Annual report on the working of the lock hospitals in the North-Western Provinces and Oudh
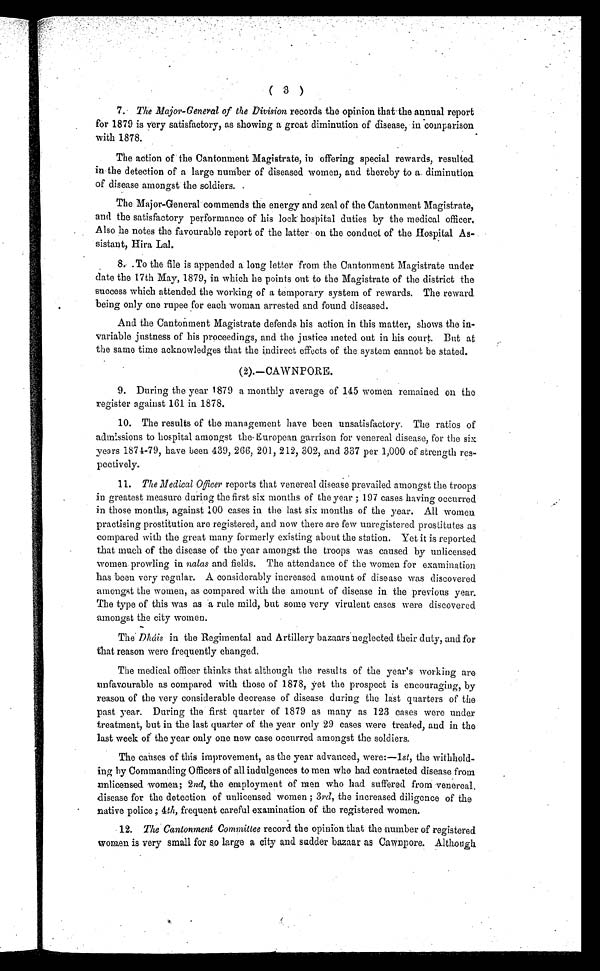
( 3 )
7. The Major-General of the Division records the opinion that the annual report
for 1879 is very satisfactory, as showing a great diminution of disease, in comparison
with 1878.
The action of the Cantonment Magistrate, in offering special rewards, resulted
in the detection of a large number of diseased women, and thereby to a diminution
of disease amongst the soldiers. .
The Major-General commends the energy and zeal of the Cantonment Magistrate,
and the satisfactory performance of his lock hospital duties by the medical officer.
Also he notes the favourable report of the latter on the conduct of the Hospital As
sistant, Hira Lal.
8. To the file is appended a long letter from the Cantonment Magistrate under
date the 17th May, 1879, in which he points out to the Magistrate of the district the
success which attended the working of a temporary system of rewards. The reward
being only one rupee for each woman arrested and found diseased.
And the Cantonment Magistrate defends his action in this matter, shows the in
variable justness of his proceedings, and the justice meted out in his court. But at
the same time acknowledges that the indirect effects of the system cannot be stated.
(2).—CAWNPORE.
9. Dur i ng t he year 1879 a mont hl y aver age of 145 women r emai ned on t he
register against 161 in 1878.
10. The r esul t s of t he management have been unsat i sf act or y. The r at i os of
admissions to hospital amongst the European garrison for venereal disease, for the six
years 1871-79, have been 439, 266, 201, 212, 302, and 337 per 1,000 of strength res
pectively.
11. The Medi cal Of f i cer r epor t s t hat vener eal di sease pr evai l ed amongst t he t r oops
in greatest measure during the first six months of the year ; 197 cases having occurred
in those months, against 100 cases in the last six months of the year. All women
practising prostitution are registered, and now there are few unregistered prostitutes as
compared with the great many formerly existing about the station. Yet it is reported
that much of the disease of the year amongst the troops was caused by unlicensed
women prowling in nalas and fields. The attendance of the women for examination
has been very regular. A considerably increased amount of disease was discovered
amongst the women, as compared with the amount of disease in the previous year.
The type of this was as a rule mild, but some very virulent cases were discovered
amongst the city women.
The Dháis in the Regimental and Artillery bazaars neglected their duty, and for
that reason were frequently changed.
The medical officer thinks that although the results of the year's working are
unfavourable as compared with those of 1878, yet the prospect is encouraging, by
reason of the very considerable decrease of disease during the last quarters of the
past year. During the first quarter of 1879 as many as 123 cases were under
treatment, but in the last quarter of the year only 29 cases were treated, and in the
last week of the year only one new case occurred amongst the soldiers.
The causes of this improvement, as the year advanced, were:— 1 st, the withhold
ing by Commanding Officers of all indulgences to men who had contracted disease from
unlicensed women; 2 nd, the employment of men who had suffered from venereal.
disease for the detection of unlicensed women ; 3rd, the increased diligence of the
native police; 4th, frequent careful examination of the registered women.
12. The Cantonment Committee record the opinion that the number of registered.
women is very small for so large a city and sudder bazaar as Cawnpore, Although